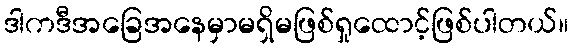
ဒါကဒီအခြေအနေမှာမရှိမဖြစ်ရှုထောင့်ဖြစ်ပါတယ်။